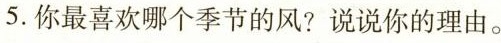
5.你最喜欢哪个季节的风?说说你的理由。